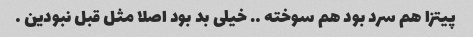
پیتزا هم سرد بود هم سوخته …. خیلی بد بود اصلا مثل قبل نبودین …